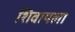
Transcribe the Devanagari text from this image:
शिवायला